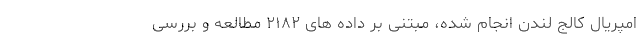
امپریال کالج لندن انجام شده، مبتنی بر داده های ۲۱۸۲ مطالعه و بررسی